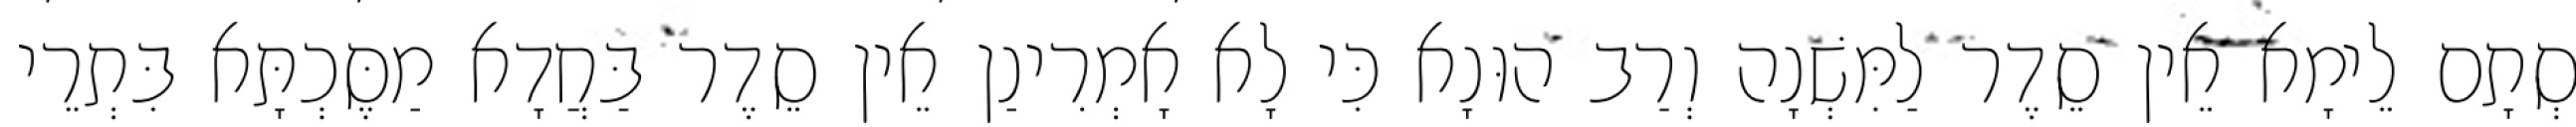
סְתָם לֵימָא אֵין סֵדֶר לַמִּשְׁנָה וְרַב הוּנָא כִּי לָא אָמְרִינַן אֵין סֵדֶר בַּחֲדָא מַסֶּכְתָּא בִּתְרֵי